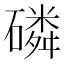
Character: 磷